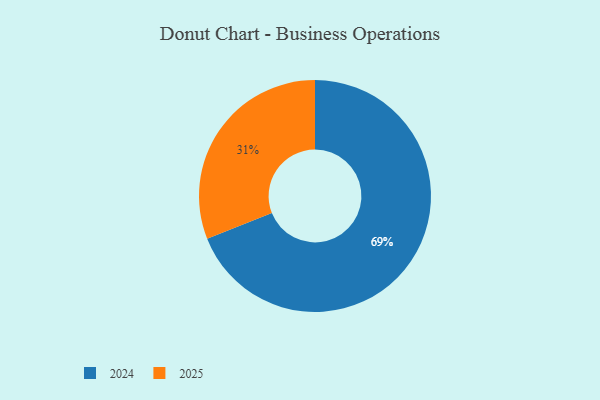
{"axis": {"x": "Category", "y": "Percentage"}, "legend": ["2024", "2025"], "data": [{"x": "2024", "y": 69, "type": "2024"}, {"x": "2025", "y": 31, "type": "2025"}]}